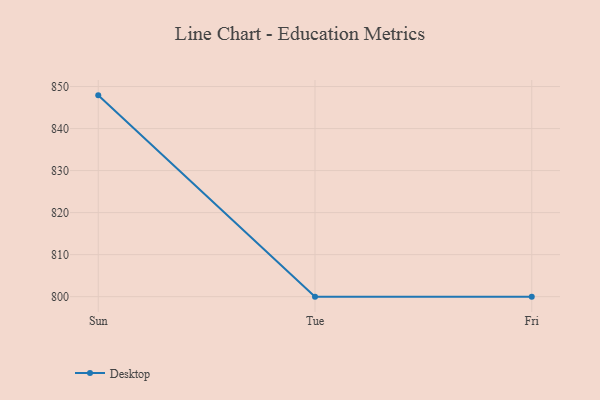
{"axis": {"x": "Day", "y": "Headcount"}, "legend": ["Desktop"], "data": [{"x": "Sun", "y": 847.9, "type": "Desktop"}, {"x": "Tue", "y": 800, "type": "Desktop"}, {"x": "Fri", "y": 800, "type": "Desktop"}]}